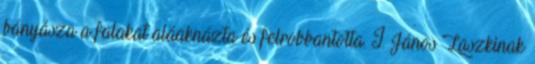
bányásza a falakat aláaknázta és felrobbantotta. I. János Laszkinak